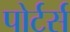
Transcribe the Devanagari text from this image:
पोर्टर्स